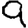
Digit: 9